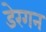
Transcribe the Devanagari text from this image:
डेरगन